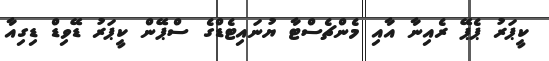
ކީޕަރު ޕެޕޭ ރެއިނާ އާއި މެންޗެސްޓާ ޔުނައިޓެޑްގެ ސްޕޭން ކީޕަރު ޑޭވިޑް ޑިގިއާ